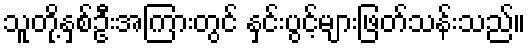
သူတို့နှစ်ဦးအကြားတွင် နှင်းပွင့်များဖြတ်သန်းသည်။